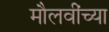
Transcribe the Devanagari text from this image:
मौलवींच्या